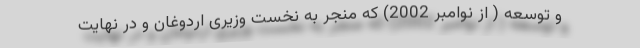
و توسعه ( از نوامبر 2002) که منجر به نخست وزیری اردوغان و در نهایت